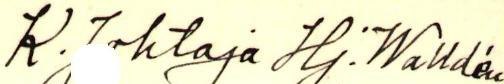
K.Johtaja Hj.Walldén